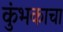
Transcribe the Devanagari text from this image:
कुंभकाचा